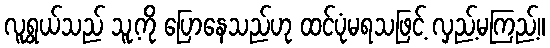
လူရွယ်သည် သူ့ကို ပြောနေသည်ဟု ထင်ပုံမရသဖြင့် လှည့်မကြည့်။